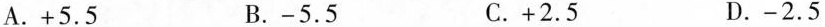
A.+5.5 B.-5.5 C.+2.5 D.-2.5